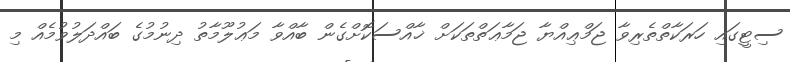
ސިޓީގައި ހަރަކާތްތެރިވާ ޖަމްޢިއްޔާ ޖަމާޢަތްތަކަށް ޚާއްސަކޮށްގެން ބާއްވާ މަޢުލޫމާތު ދިނުމުގެ ބައްދަލުވުމެއް މި